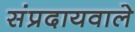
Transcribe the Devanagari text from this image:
संप्रदायवाले